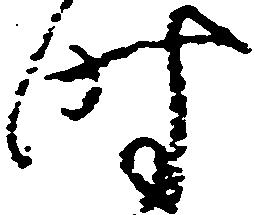
時